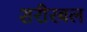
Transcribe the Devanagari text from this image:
शरीरबल